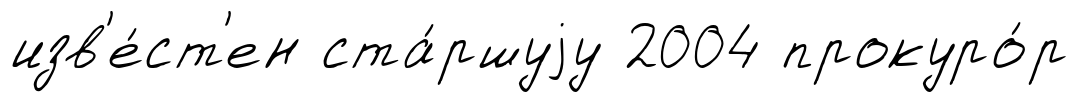
изв'е́ст'ен ста́ршуjу 2004 прокуро́р